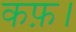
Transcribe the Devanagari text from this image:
कफ़।